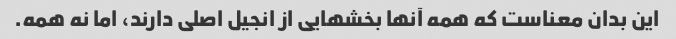
این بدان معناست که همه آنها بخشهایی از انجیل اصلی دارند، اما نه همه.